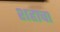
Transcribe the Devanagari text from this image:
शहाचा